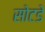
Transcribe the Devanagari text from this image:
सोटडे